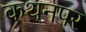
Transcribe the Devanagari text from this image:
कथनपर